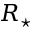
R _ { \star }